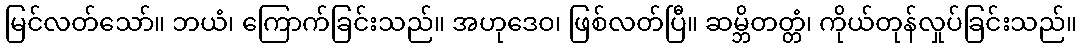
မြင်လတ်သော်။ ဘယံ၊ ကြောက်ခြင်းသည်။ အဟုဒေဝ၊ ဖြစ်လတ်ပြီ။ ဆမ္ဘိတတ္တံ၊ ကိုယ်တုန်လှုပ်ခြင်းသည်။